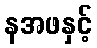
နအဖနှင့်